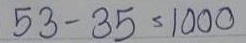
53 - 35 = 1000